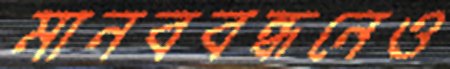
মানববন্ধনেও